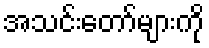
အသင်းတော်များကို